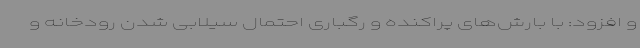
و افزود: با بارش‌های پراکنده و رگباری احتمال سیلابی شدن رودخانه و